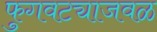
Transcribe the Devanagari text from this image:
फुगवट्याजवळ